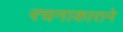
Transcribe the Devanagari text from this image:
रचनाकाराने